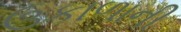
ઉકાળાની